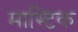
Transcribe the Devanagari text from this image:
मास्टिक